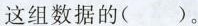
这组数据的（ ）。